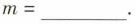
$$m = ___$$.